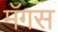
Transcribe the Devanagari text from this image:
मॅगस